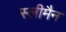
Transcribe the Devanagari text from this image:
स्‍लीमैन